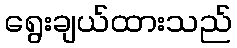
ရွေးချယ်ထားသည်